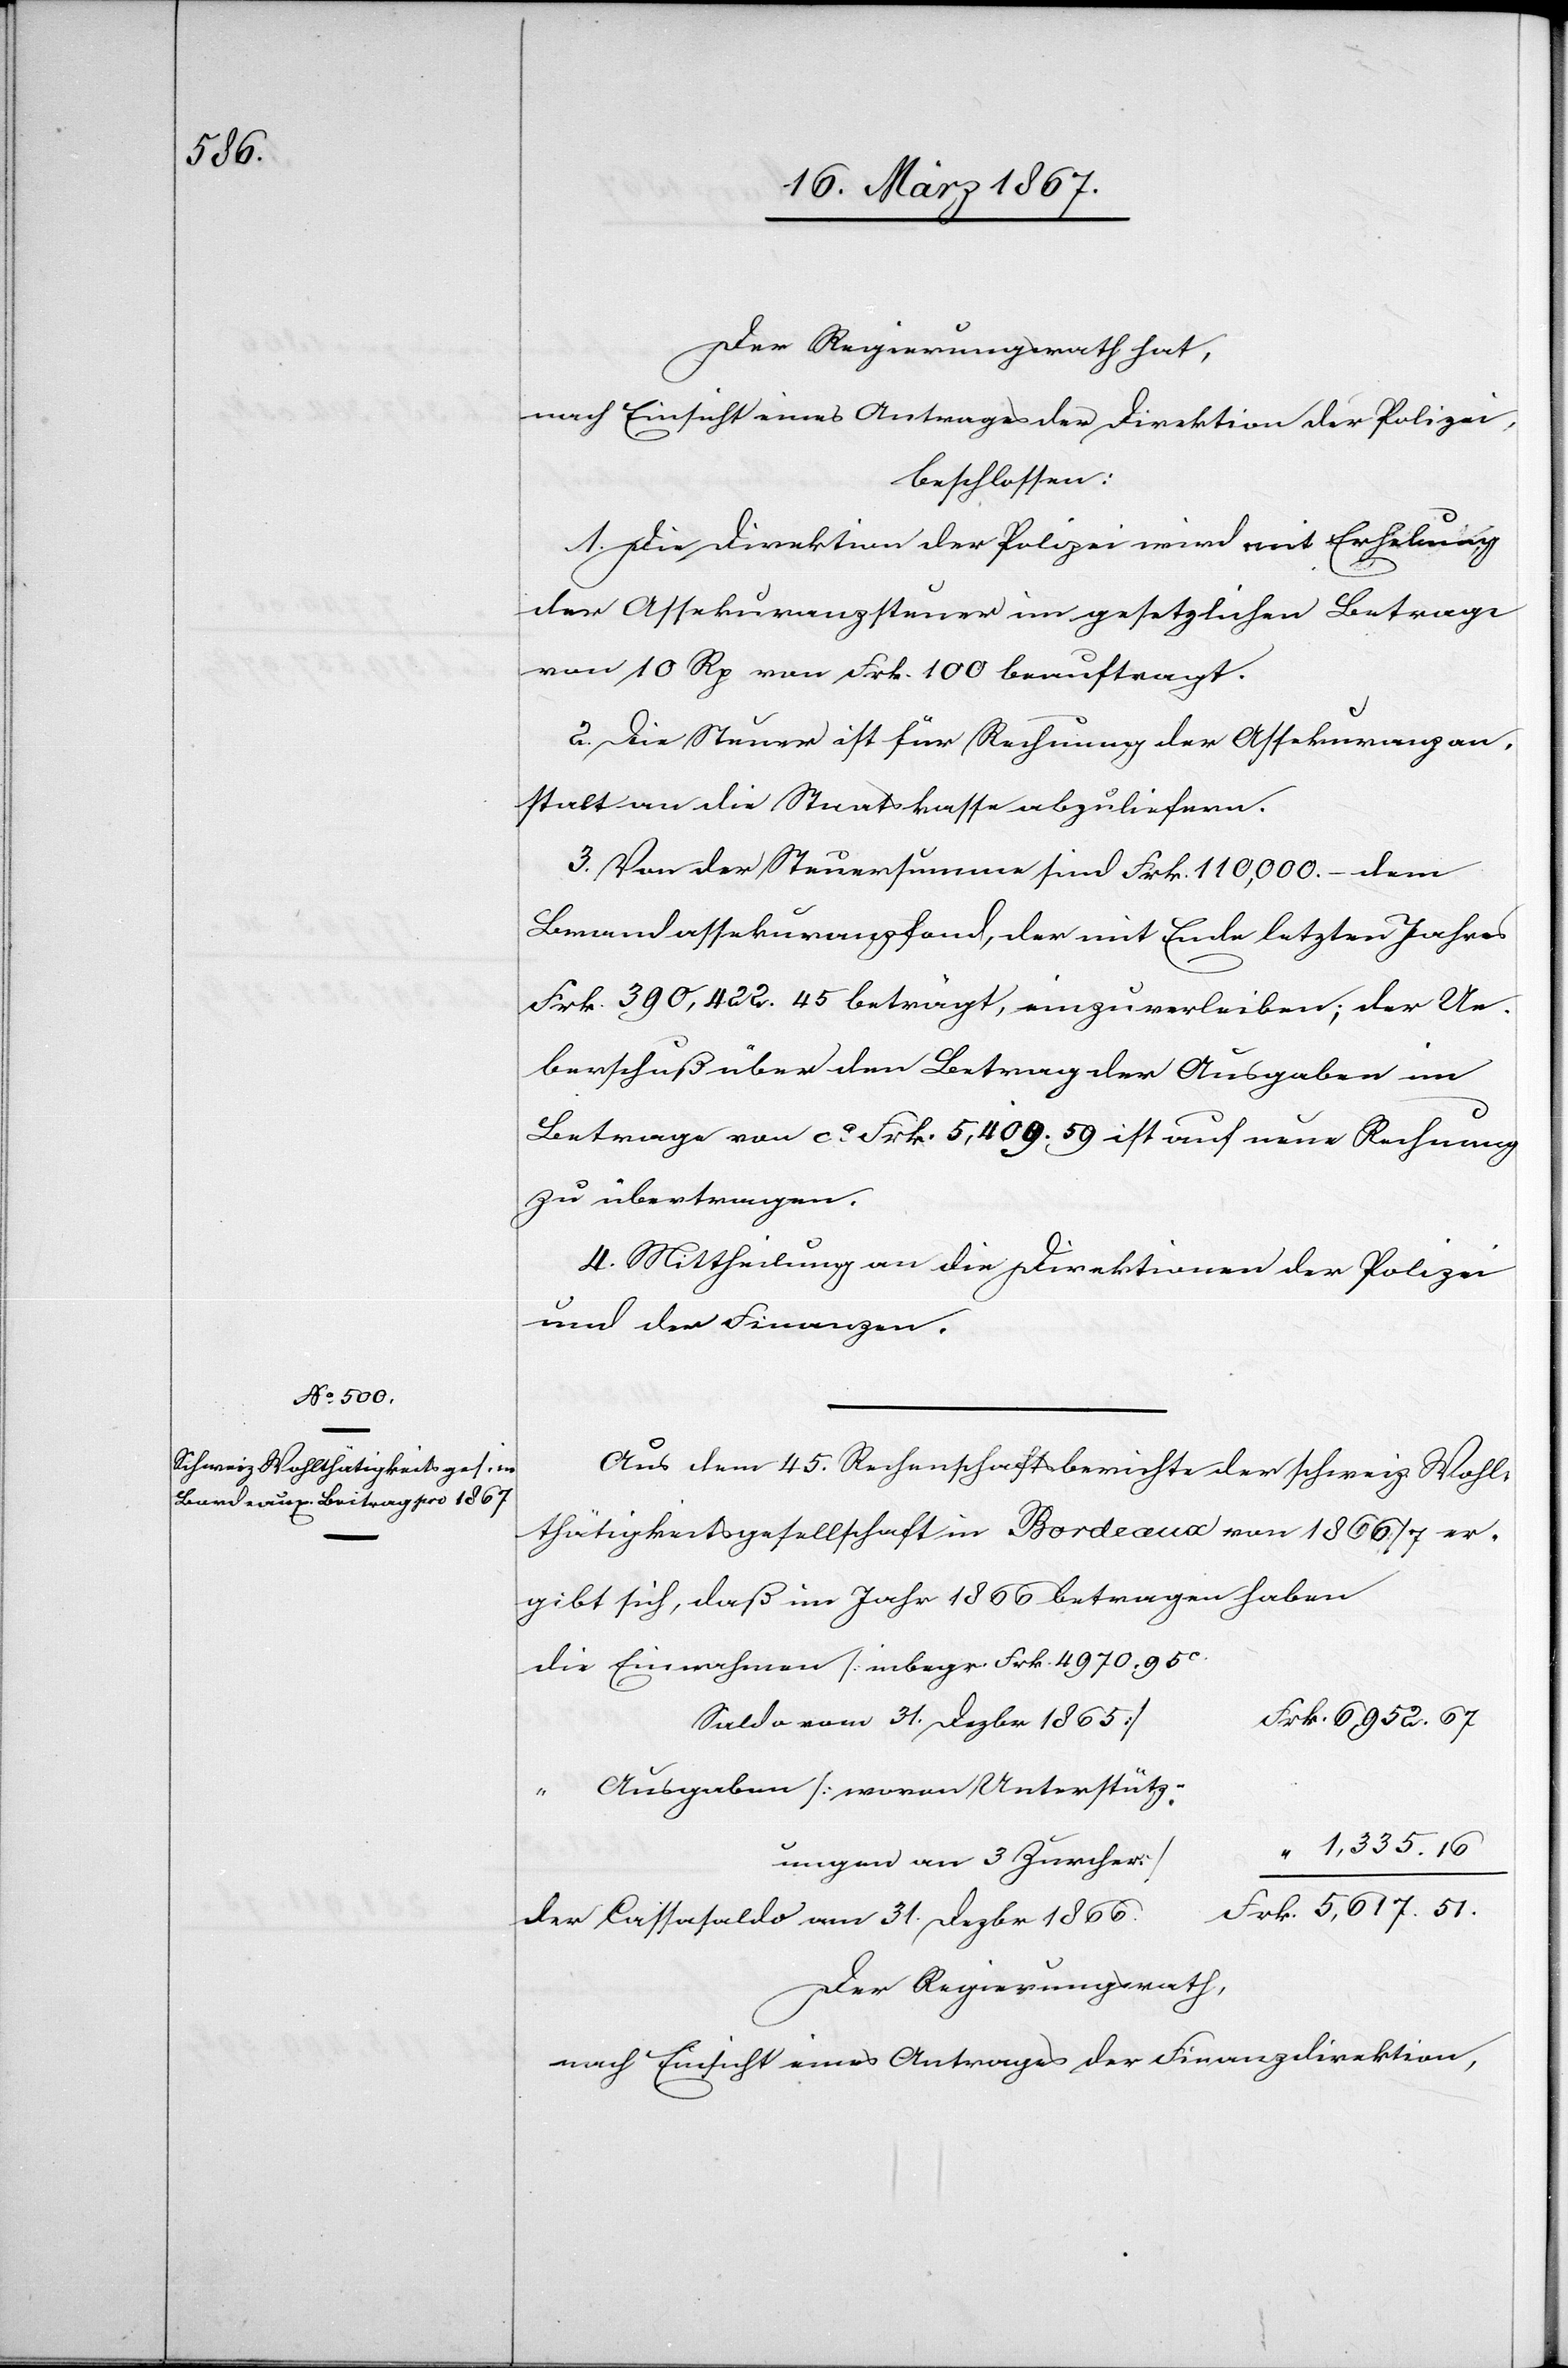
ngen

Der Regierungsrath hat,
nach Einsicht eines Antrages der Direktion der Polizei,
beschlossen:
1. Die Direktion der Polizei wird mit Erhebung
der Assekuranzsteuer im gesetzlichen Betrage
von 10 Rp von Frk. 100 beauftragt.
2. Die Steuer ist für Rechnung der Assekuranzan¬
stalt an die Staatskasse abzuliefern.
3. Von der Steuersumme sind Frk. 110,000.– dem
Brandassekuranzfond, der mit Ende letzten Jahres
Frk. 390,0422.45 beträgt, einzuverleiben; der Ue¬
berschuß über den Betrage der Ausgaben im
Betrage von ca. 5,409.59 ist auf neue Rechnung
zu übertragen.
4. Mittheilung an die Direktionen der Polizei
und der Finanzen.
Aus dem 45. Rechenschaftsberichte der schweiz. Wohl¬
thätigkeitsgesellschaft in Bordeaux von 1866/7 er¬
gibt sich, daß im Jahr 1866 betragen haben
die 	Einnahmen [inbegr. Frk. 4970. 95c
Saldo vom 31. Dezbr. 1865]	Frk.
“ 	Ausgaben [wovon Unterstützu¬
“ 1,335.16
Frk. 5,617.51
der Cassasaldo am 31. Dezbr.
Der Regierungsrath,
nach Einsicht eines Antrages der Finanzdirektion,